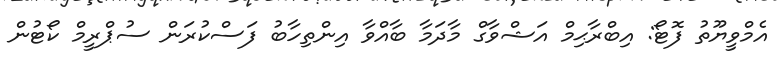
އެމްވީޔޫތު ފޮޓޯ: އިބްރާޙިމް އަޝްވާގް މާދަމާ ބާއްވާ އިންތިހާބު ފަސްކުރަން ސުޕްރީމް ކޯޓުން